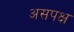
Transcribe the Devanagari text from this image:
असपक्ष